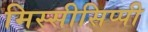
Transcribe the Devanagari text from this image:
मिस्सीसिप्पी